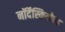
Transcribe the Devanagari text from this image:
नॉर्देंस्कियोल्ड